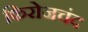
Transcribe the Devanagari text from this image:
फिरोजचंद